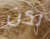
لكن